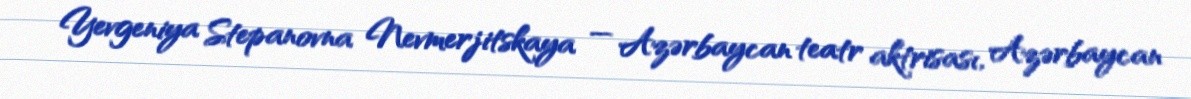
Yevgeniya Stepanovna Nevmerjitskaya — Azərbaycan teatr aktrisası, Azərbaycan